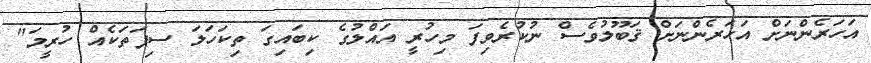
އަހަރެންނަށް އަހަރެންނަށް ޤަބޫލުވެސް ނުކުރެވިފަ މިހުރީ އައްލުގެ ކިބައިގަ ތިކަހަލަ ސިފަތަކެއް ހުރީމަ"